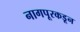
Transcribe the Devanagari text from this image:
नागपूरकडून